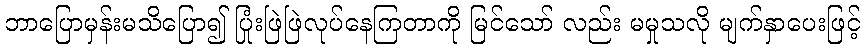
ဘာပြောမှန်းမသိပြော၍ ပြုံးဖြဲဖြဲလုပ်နေကြတာကို မြင်သော် လည်း မမှုသလို မျက်နှာပေးဖြင့်